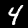
Digit: 4